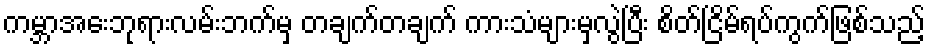
ကမ္ဘာအေးဘုရားလမ်းဘက်မှ တချက်တချက် ကားသံများမှလွဲပြီး စိတ်ငြိမ်ရပ်ကွက်ဖြစ်သည့်